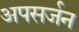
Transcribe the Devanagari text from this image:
अपसर्जन